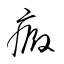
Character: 癜